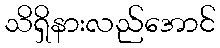
သိရှိနားလည်အောင်